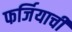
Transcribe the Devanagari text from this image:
फर्जियाची